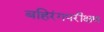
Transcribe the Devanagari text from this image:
बहिरंगपरीक्षण